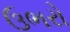
ઉભરો